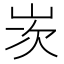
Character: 𡷑